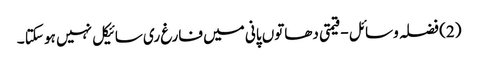
(2) فضلہ وسائل - قیمتی دھاتوں پانی میں فارغ ری سائیکل نہیں ہو سکتا ۔